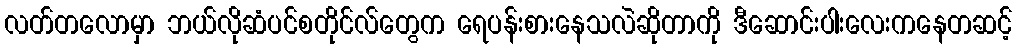
လတ်တလောမှာ ဘယ်လိုဆံပင်စတိုင်လ်တွေက ရေပန်းစားနေသလဲဆိုတာကို ဒီဆောင်းပါးလေးကနေတဆင့်